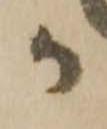
か